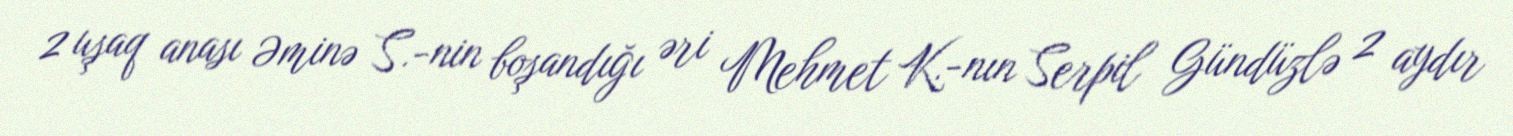
2 uşaq anası Əminə S.-nin boşandığı əri Mehmet K.-nın Serpil Gündüzlə 2 aydır